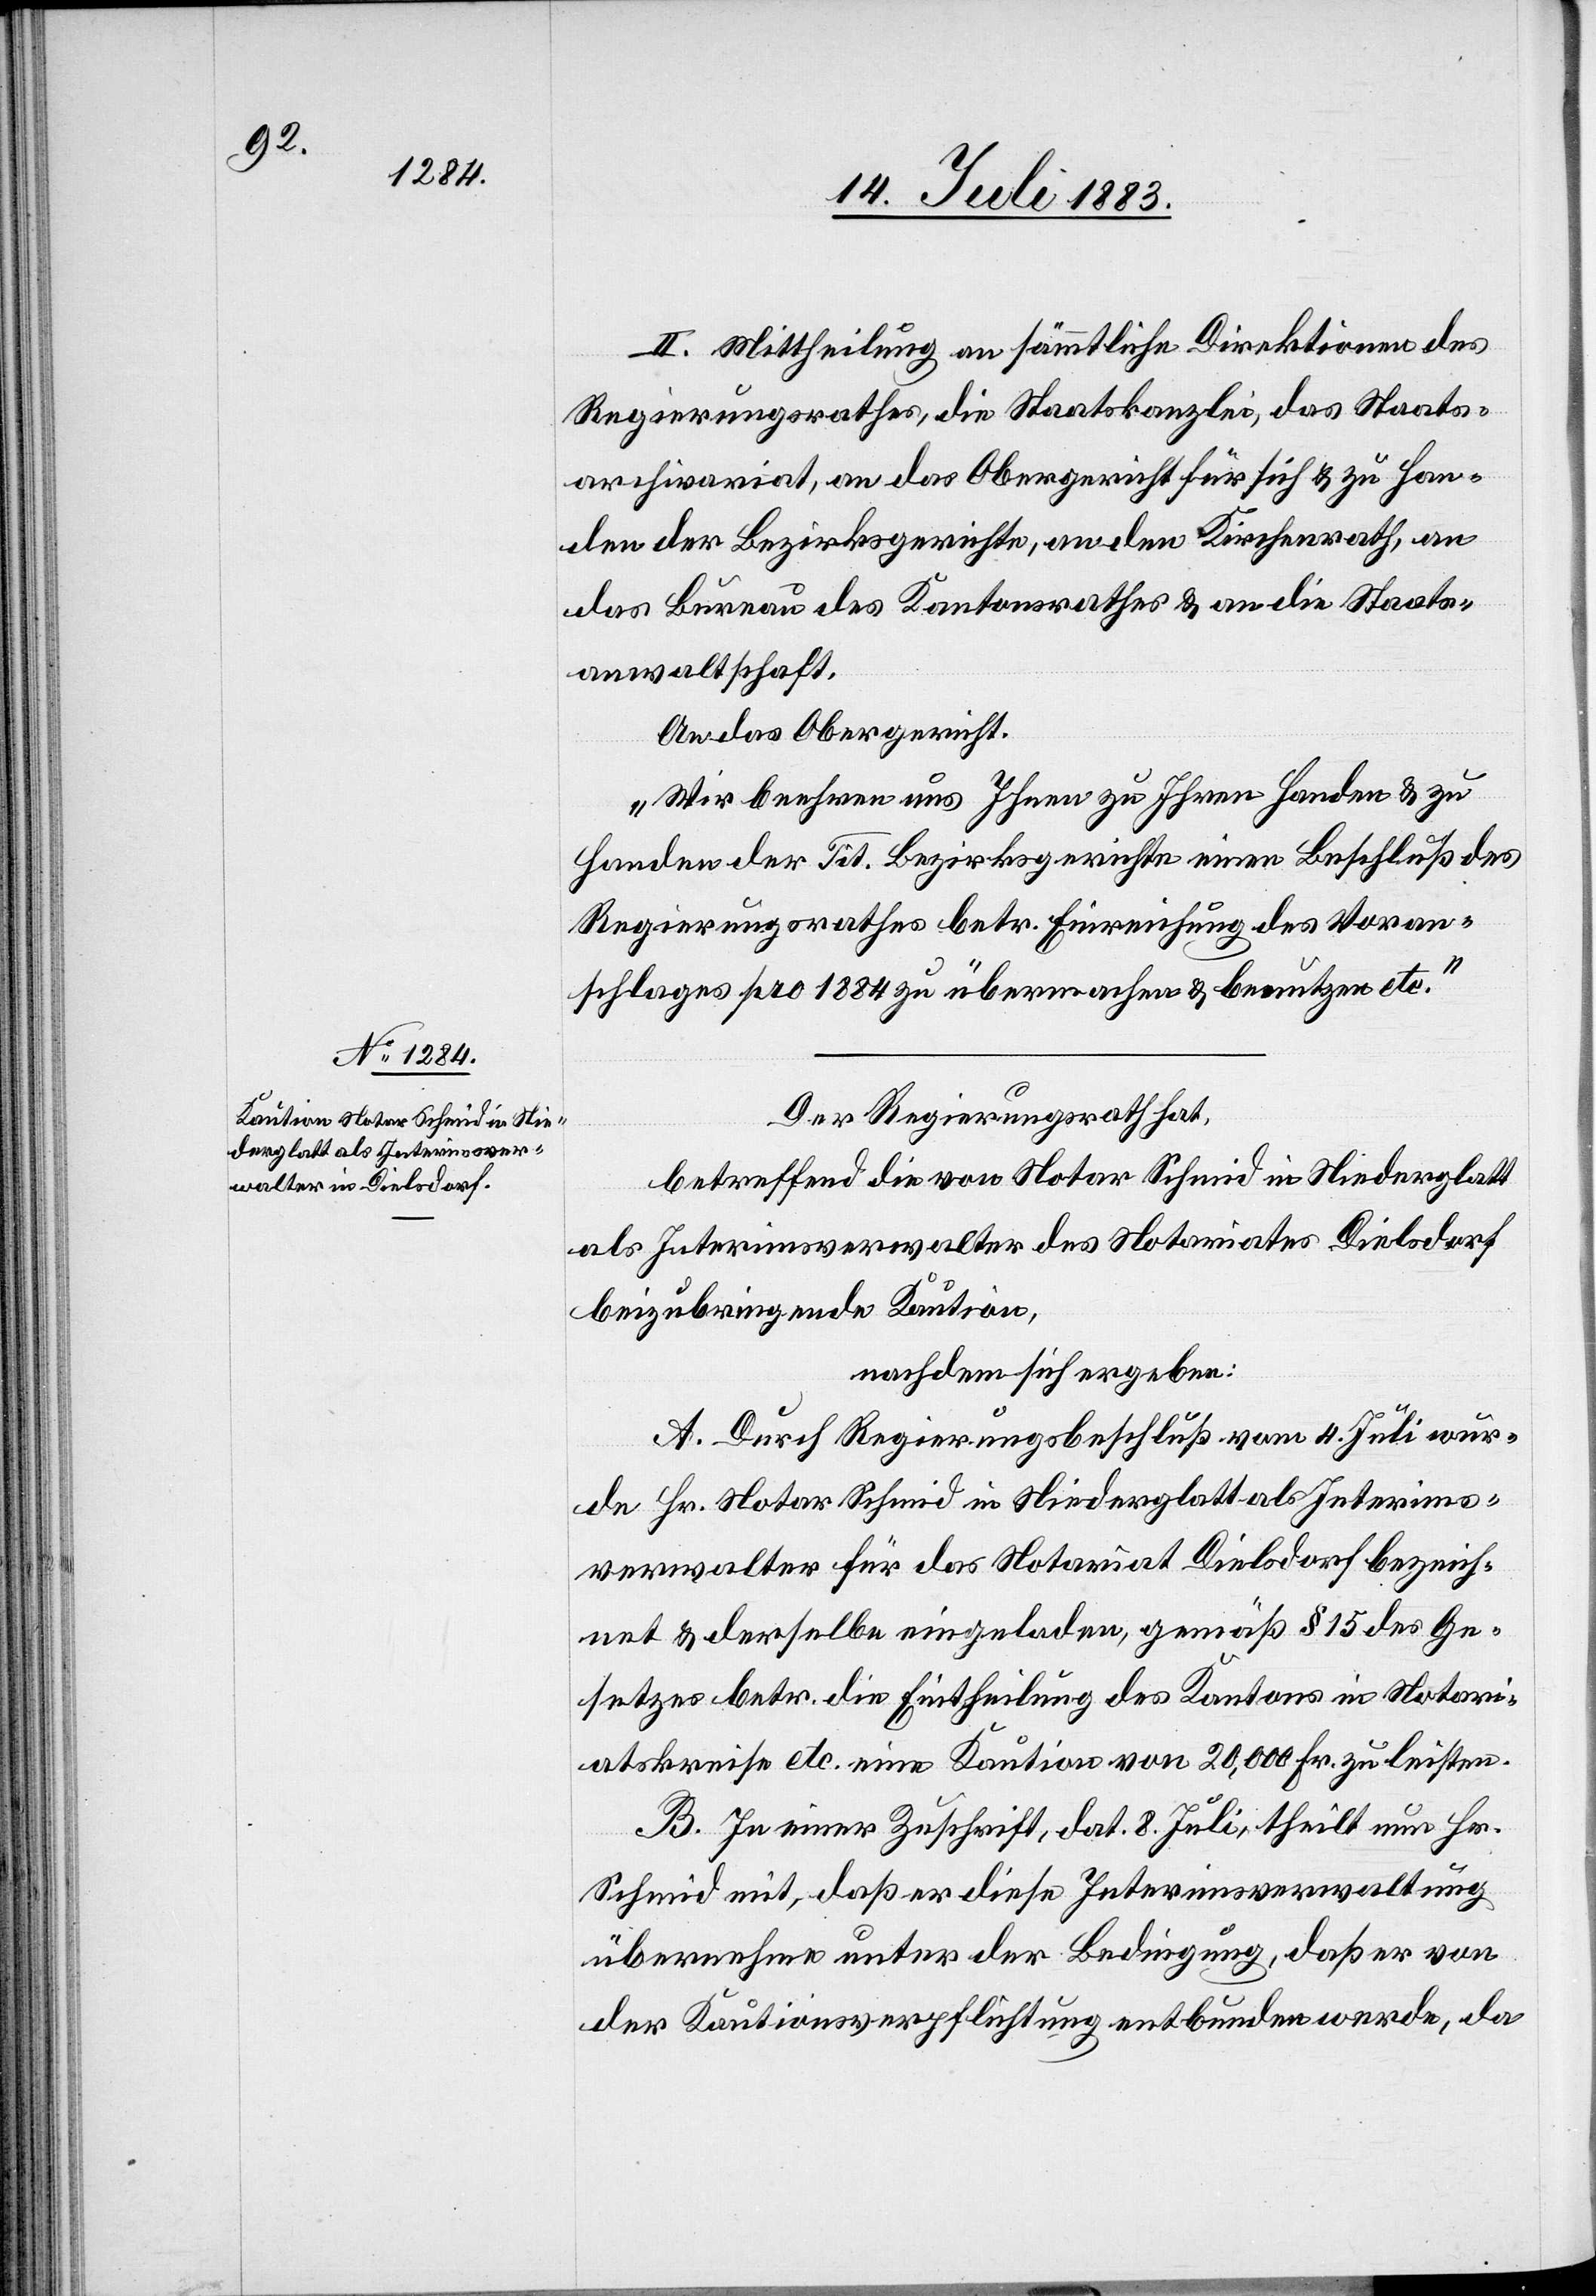
II. Mittheilung an sämmtliche Direktionen des
Regierungsrathes, die Staatskanzlei, das Staats¬
archivariat, an das Obergericht für sich & zu Han¬
den der Bezirksgerichte, an den Kirchenrath, an
das Bureau des Kantonsrathes & an die Staats¬
anwaltschaft.
An das Obergericht:
„Wir beehren uns Ihnen zu Ihren Handen & zu
Handen der Tit. Bezirksgerichte einen Beschluß des
Regierungsrathes betr. Einreichung des Voran¬
schlages pro 1884 zu übermachen & benutzen etc.“
Der Regierungsrath hat,
betreffend die von Notar Schmid in Niederglatt
als Interimsverwalter des Notariates Dielsdorf
beizubringende Kaution,
nachdem sich ergeben:
A. Durch Regierungsbeschluß vom 4. Juli wur¬
de Hr. Notar Schmid in Niederglatt als Interims¬
verwalter für das Notariat Dielsdorf bezeich¬
net & derselbe eingeladen, gemäß § 15 des Ge¬
setzes betr. die Eintheilung des Kantons in Notari¬
atskreise etc. eine Kaution von 20,000 Fr. zu leisten.
B. In einer Zuschrift, dat. 8. Juli, theilt nun Hr.
Schmid mit, daß er diese Interimsverwaltung
übernehme unter der Bedingung, daß er von
der Kautionsverpflichtung entbunden werde, da